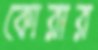
কোরার